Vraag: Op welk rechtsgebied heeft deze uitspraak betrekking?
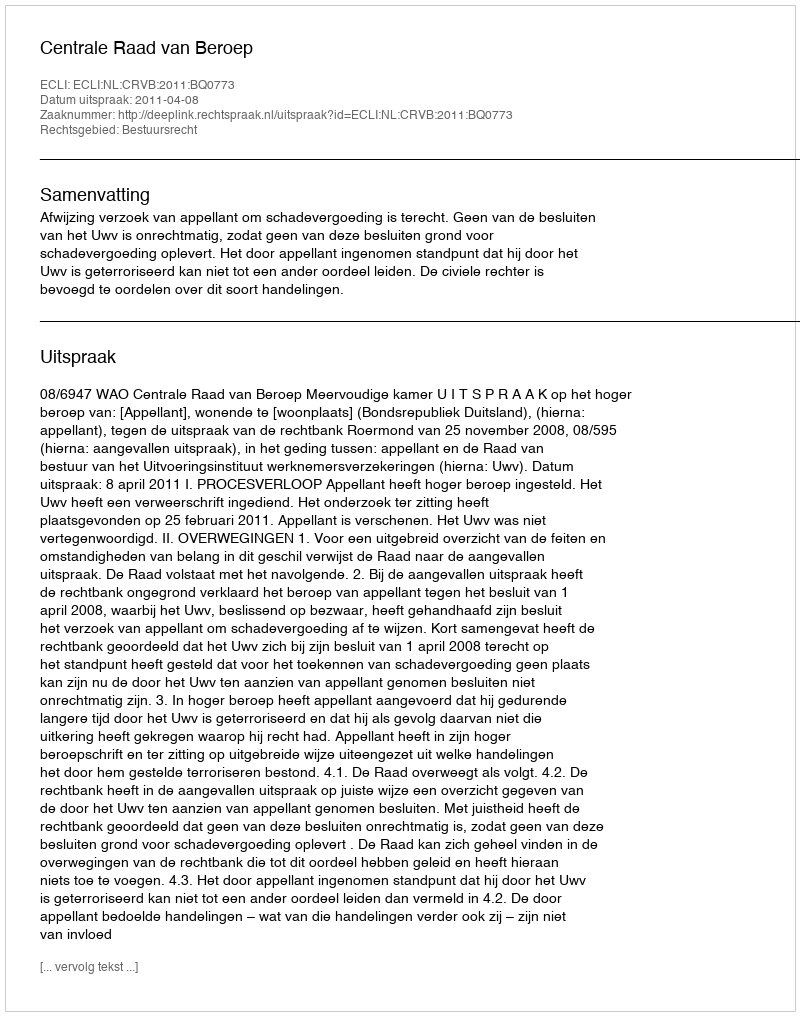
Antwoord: Bestuursrecht